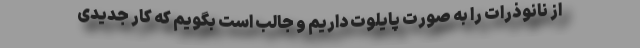
از نانوذرات را به صورت پایلوت داریم و جالب است بگویم که کار جدیدی